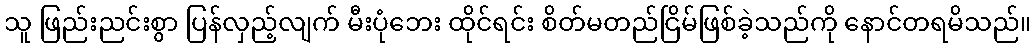
သူ ဖြည်းညင်းစွာ ပြန်လှည့်လျက် မီးပုံဘေး ထိုင်ရင်း စိတ်မတည်ငြိမ်ဖြစ်ခဲ့သည်ကို နောင်တရမိသည်။